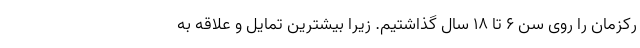
رکزمان را روی سن ۶ تا ۱۸ سال گذاشتیم. زیرا بیشترین تمایل و علاقه به